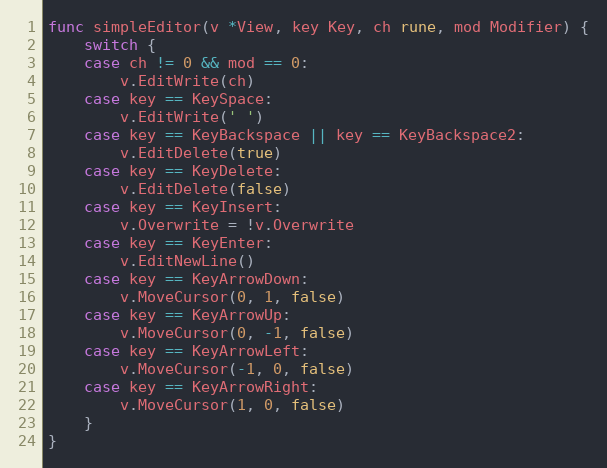
Language: Go
func simpleEditor(v *View, key Key, ch rune, mod Modifier) {
	switch {
	case ch != 0 && mod == 0:
		v.EditWrite(ch)
	case key == KeySpace:
		v.EditWrite(' ')
	case key == KeyBackspace || key == KeyBackspace2:
		v.EditDelete(true)
	case key == KeyDelete:
		v.EditDelete(false)
	case key == KeyInsert:
		v.Overwrite = !v.Overwrite
	case key == KeyEnter:
		v.EditNewLine()
	case key == KeyArrowDown:
		v.MoveCursor(0, 1, false)
	case key == KeyArrowUp:
		v.MoveCursor(0, -1, false)
	case key == KeyArrowLeft:
		v.MoveCursor(-1, 0, false)
	case key == KeyArrowRight:
		v.MoveCursor(1, 0, false)
	}
}